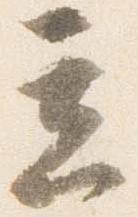
立